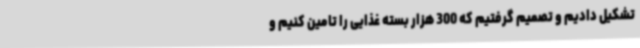
تشکیل دادیم و تصمیم گرفتیم که 300 هزار بسته غذایی را تامین کنیم و